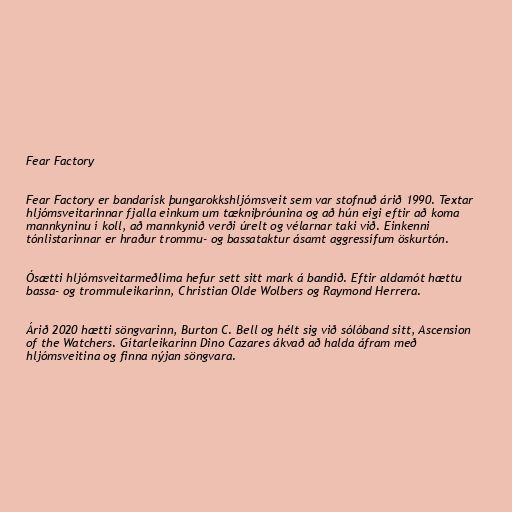
Fear Factory

Fear Factory er bandarísk þungarokkshljómsveit sem var stofnuð árið 1990. Textar
hljómsveitarinnar fjalla einkum um tækniþróunina og að hún eigi eftir að koma
mannkyninu í koll, að mannkynið verði úrelt og vélarnar taki við. Einkenni
tónlistarinnar er hraður trommu- og bassataktur ásamt aggressífum öskurtón.

Ósætti hljómsveitarmeðlima hefur sett sitt mark á bandið. Eftir aldamót hættu
bassa- og trommuleikarinn, Christian Olde Wolbers og Raymond Herrera.

Árið 2020 hætti söngvarinn, Burton C. Bell og hélt sig við sólóband sitt, Ascension
of the Watchers. Gítarleikarinn Dino Cazares ákvað að halda áfram með
hljómsveitina og finna nýjan söngvara.